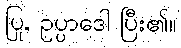
ပြု, ဥပ္ပာဒေါ ပြီး၏။